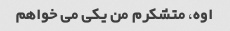
اوه، متشکرم من یکی می خواهم